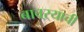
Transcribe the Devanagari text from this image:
बावऱ्याची